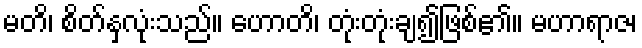
မတိ၊ စိတ်နှလုံးသည်။ ဟောတိ၊ တုံးတုံးချ၍ဖြစ်၏။ မဟာရာဇ၊